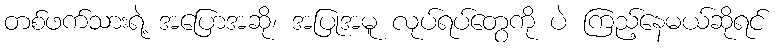
တစ်ဖက်သားရဲ့ အပြောအဆို၊ အပြုအမူ လုပ်ရပ်တွေကို ပဲ ကြည့်နေမယ်ဆိုရင်